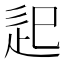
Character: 𨑔